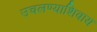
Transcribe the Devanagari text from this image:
उचलण्याशिवाय